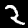
Digit: 2